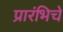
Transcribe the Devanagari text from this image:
प्रारंभिचे